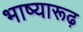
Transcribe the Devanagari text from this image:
भाष्यारूढ़